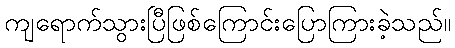
ကျရောက်သွားပြီဖြစ်ကြောင်းပြောကြားခဲ့သည်။